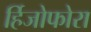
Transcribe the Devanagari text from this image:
र्हिजोफोरा